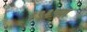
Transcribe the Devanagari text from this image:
६९३च्या